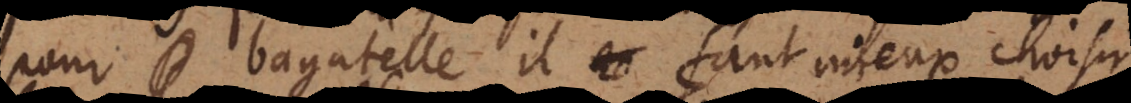
pour bagatelle il faut mieux choisir